Note on the mental hospitals in Burma - 1925-1940
Year: 1925
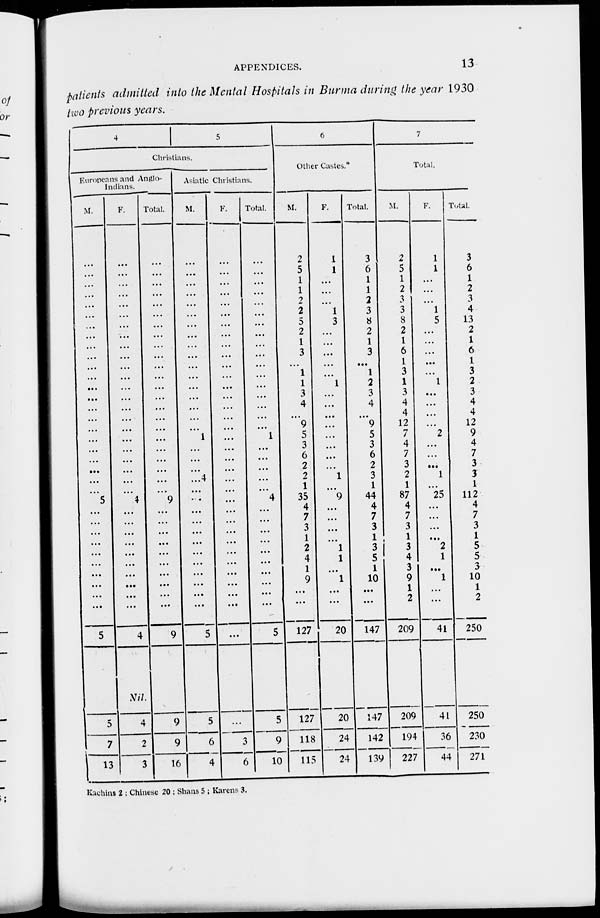
APPENDICES.
13
patients admitted into the Mental Hospitals in Burma during the year 1930
two previous years.
4
5
Christians.
Europeans and Anglo-
Indians.
M.
...
...
...
...
...
...
...
...
...
...
...
...
...
...
...
... ...
...
...
...
...
...
...
5
...
...
...
...
...
...
...
...
...
...
5
5
7
13
F.
...
...
...
...
...
...
...
...
...
...
...
...
...
...
...
...
...
...
...
...
...
...
...
4
...
...
...
...
...
...
...
...
...
...
4
Nil.
4
2
3
Total.
...
...
...
...
...
...
...
...
...
...
...
...
...
...
...
...
...
...
...
...
...
...
...
9
...
...
...
...
...
...
...
...
...
...
9
9
9
16
Astatic Christians.
M.
...
...
...
...
...
...
...
...
...
...
...
...
...
...
...
...
...
1
...
...
...
...
...
...
...
...
...
...
...
...
...
...
...
...
5
5
6
4
F.
...
...
...
...
...
...
...
...
...
...
...
...
...
...
...
... ...
...
...
...
...
...
...
...
...
...
...
...
...
...
...
...
...
...
...
...
3
6
Total.
...
...
...
...
...
...
...
...
...
...
...
...
...
...
...
...
...
1
...
...
...
...
...
4
...
...
...
...
...
...
...
...
...
...
5
5
9
10
6
Other Castes.*
M.
2
5
1
1
2
2
5
2
1
3
...
1
1
3
4
... 9
5
3
6
2
2
1
35
4
7
3
1
2
4
1
9
...
...
127
127
118
115
F.
1
1
...
...
...
1
3
...
...
...
...
...
1
...
...
...
...
...
...
...
...
1
...
9
...
...
...
...
1
1
...
1
...
...
20
20
24
24
Total.
3
6
1
1
2
3
8
2
1
3
...
1
2
3
4
... 9
5
3
6
2
3
1
44
4
7
3
1
3
5
1
10
...
...
147
147
142
139
7
Total.
M.
2
5
1
2
3
3
8
2
1
6
1
3
1
3
4
4
12
7
4
7
3
2
1
87
4
7
3
1
3
4
3
9
1
2
209
209
194
227
F.
1
1
...
...
...
1
5
...
...
...
...
...
1
...
...
...
...
2
...
...
...
1
...
25
...
...
...
...
2
1
...
1
...
...
41
41
36
44
Total.
3
6
1
2
3
4
13
2
1
6
1
3
2
3
4
4 12
9
4
7
3
3
1
112
4
7
3
1
5
5
3
10
1
2
250
250
230
271
Kachins 2 ; Chinese 20 ; Shans 5 ; Karens 3.